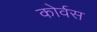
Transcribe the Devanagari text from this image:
कोर्वस